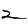
Digit: 2